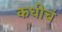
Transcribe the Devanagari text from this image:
कधीचं